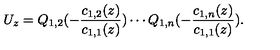
U _ { z } = Q _ { 1 , 2 } ( - \frac { c _ { 1 , 2 } ( z ) } { c _ { 1 , 1 } ( z ) } ) \cdots Q _ { 1 , n } ( - \frac { c _ { 1 , n } ( z ) } { c _ { 1 , 1 } ( z ) } ) .